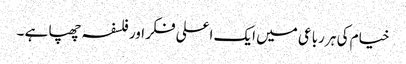
خیام کی ہر رباعی میں ایک اعلی فکر اور فلسفہ چھپا ہے ۔